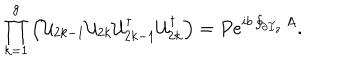
LaTeX: \prod _ { k = 1 } ^ { g } \left( { \cal U } _ { 2 k - 1 } { \cal U } _ { 2 k } { \cal U } _ { 2 k - 1 } ^ { \dagger } { \cal U } _ { 2 k } ^ { \dagger } \right) = P e ^ { i b \oint _ { \partial { \cal F } _ { z } } A } .